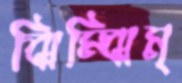
ঝিম্‌ঝিম্‌